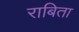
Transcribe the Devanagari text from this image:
राबिता